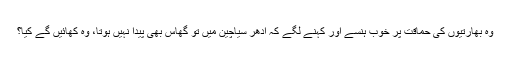
وہ بھارتیوں کی حماقت پر خوب ہنسے اور کہنے لگے کہ ادھر سیاچین میں تو گھاس بھی پیدا نہیں ہوتا، وہ کھائیں گے کیا؟